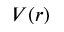
V ( r )